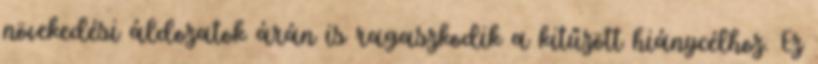
növekedési áldozatok árán is ragaszkodik a kitűzött hiánycélhoz. Ez